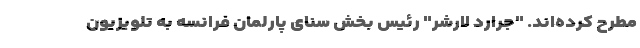
مطرح کرده‌اند. "جرارد لارشر" رئیس بخش سنای پارلمان فرانسه به تلویزیون